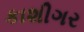
કાશીગર